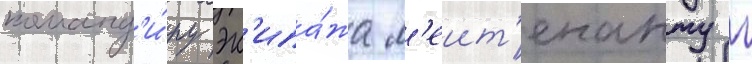
команд'и́ру эк'ипа́жа л'еит'енанту г